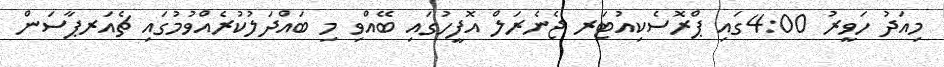
މިއަދު ހަވީރު 4:00ގައި ޕްރޮސެކިއުޓަރ ޖެނެރަލް އޮފީހުގައި ބޭއްވި މި ބައްދަލުކުރެއްވުމުގައި ޗެއަރޕާސަން